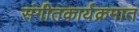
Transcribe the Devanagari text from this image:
संगीतकार्यक्रमात